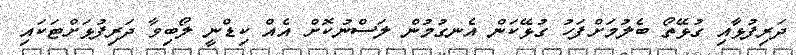
ދަރިފުޅާއި ގުޅޭތޯ ބެލުމަށްފަހު ގުޅޭކަން އެނގުމުން ލަސްނުކޮށް އެއް ކިޑްނީ ލޯބިވާ ދަރިފުޅަށްޓަކައި